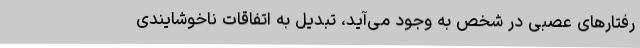
رفتارهای عصبی در شخص به وجود می‌آید، تبدیل به اتفاقات ناخوشایندی